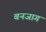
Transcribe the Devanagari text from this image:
बनजाग